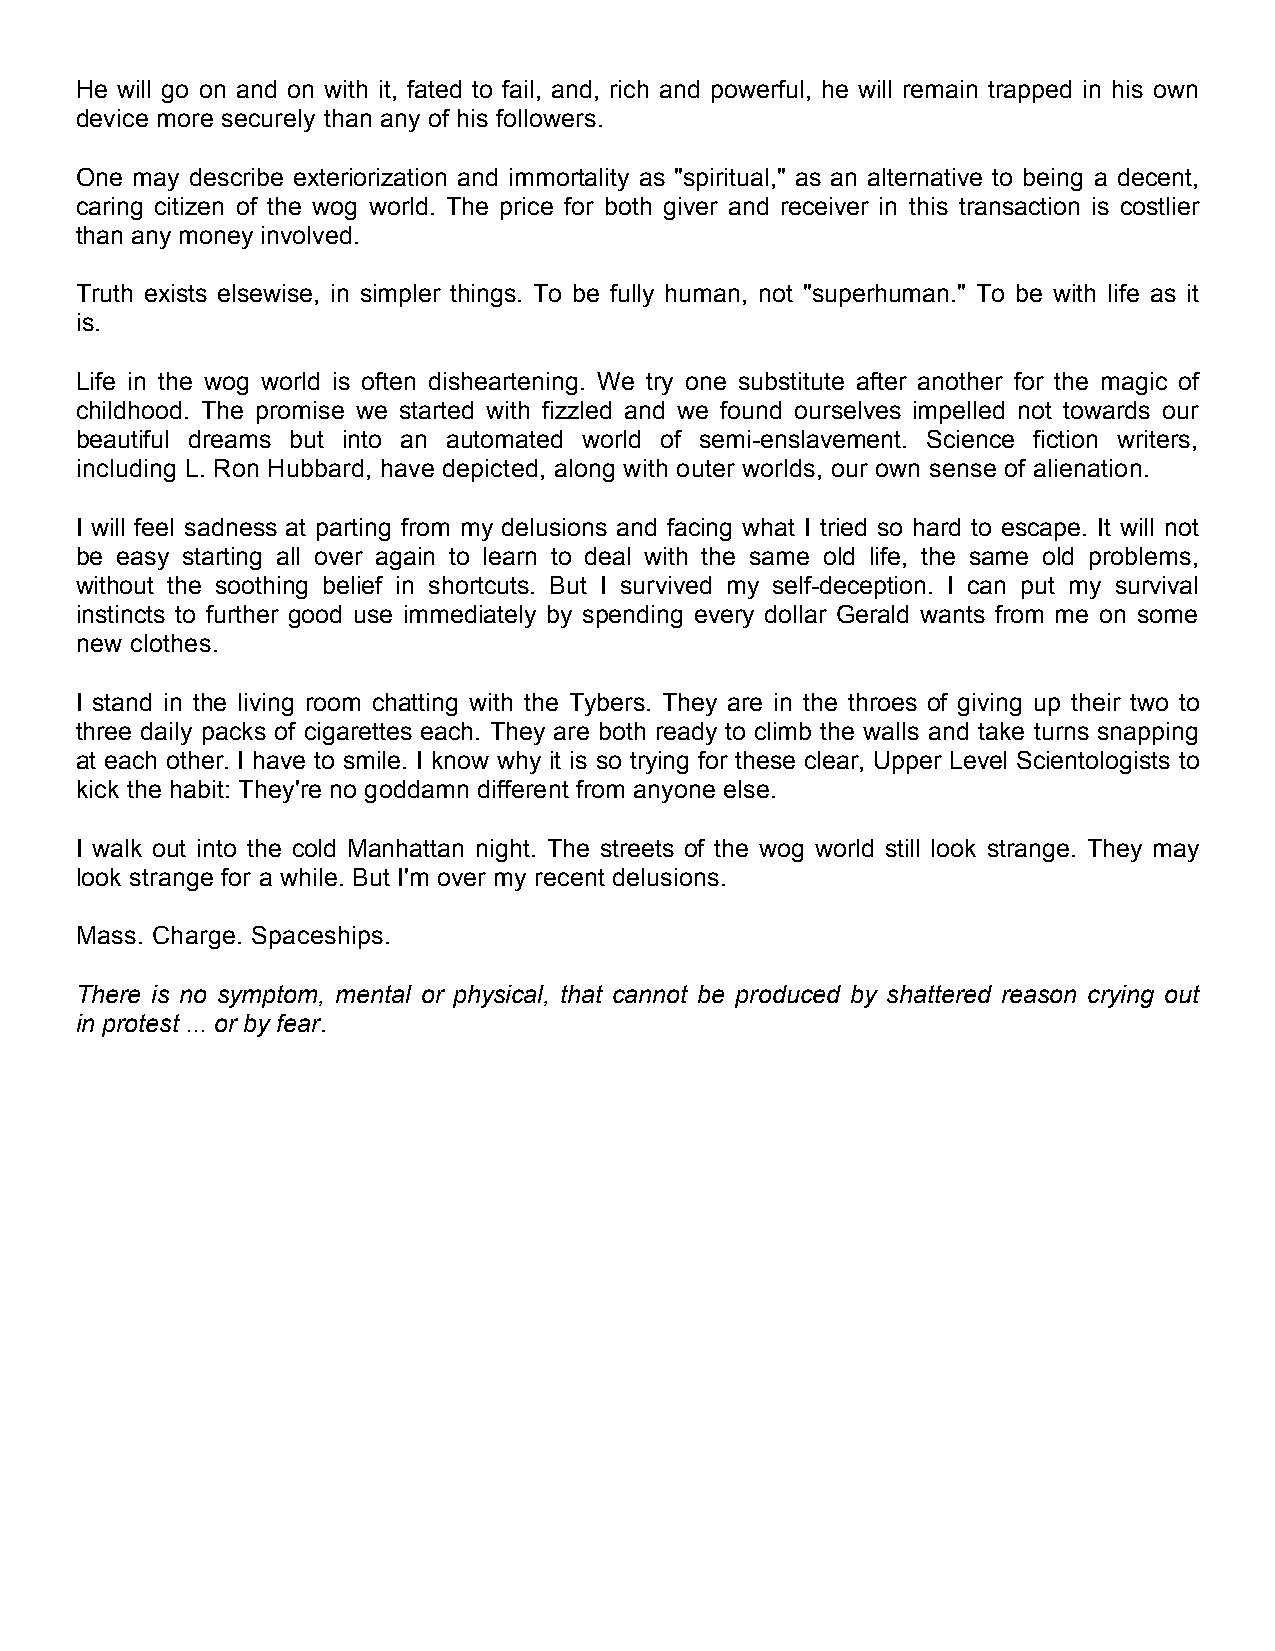
He will go on and on with it, fated to fail, and, rich and powerful, he will remain trapped in his own
 device more securely than any of his followers.
 One may describe exteriorization and immortality as "spiritual," as an alternative to being a decent,
 caring citizen of the wog world. The price for both giver and receiver in this transaction is costlier
 than any money involved.
 Truth exists elsewise, in simpler things. To be fully human, not "superhuman." To be with life as it
 is.
 Life in the wog world is often disheartening. We try one substitute after another for the magic of
 childhood. The promise we started with fizzled and we found ourselves impelled not towards our
 beautiful dreams but into an automated world of semi-enslavement. Science fiction writers,
 including L. Ron Hubbard, have depicted, along with outer worlds, our own sense of alienation.
 I will feel sadness at parting from my delusions and facing what I tried so hard to escape. It will not
 be easy starting all over again to learn to deal with the same old life, the same old problems,
 without the soothing belief in shortcuts. But I survived my self-deception. I can put my survival
 instincts to further good use immediately by spending every dollar Gerald wants from me on some
 new clothes.
 I stand in the living room chatting with the Tybers. They are in the throes of giving up their two to
 three daily packs of cigarettes each. They are both ready to climb the walls and take turns snapping
 at each other. I have to smile. I know why it is so trying for these clear, Upper Level Scientologists to
 kick the habit: They're no goddamn different from anyone else.
 I walk out into the cold Manhattan night. The streets of the wog world still look strange. They may
 look strange for a while. But I'm over my recent delusions.
 Mass. Charge. Spaceships.
 There is no symptom, mental or physical, that cannot be produced by shattered reason crying out
 in protest ... or by fear.